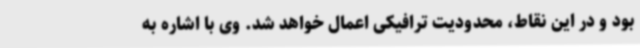
بود و در این نقاط، محدودیت ترافیکی اعمال خواهد شد. وی با اشاره به